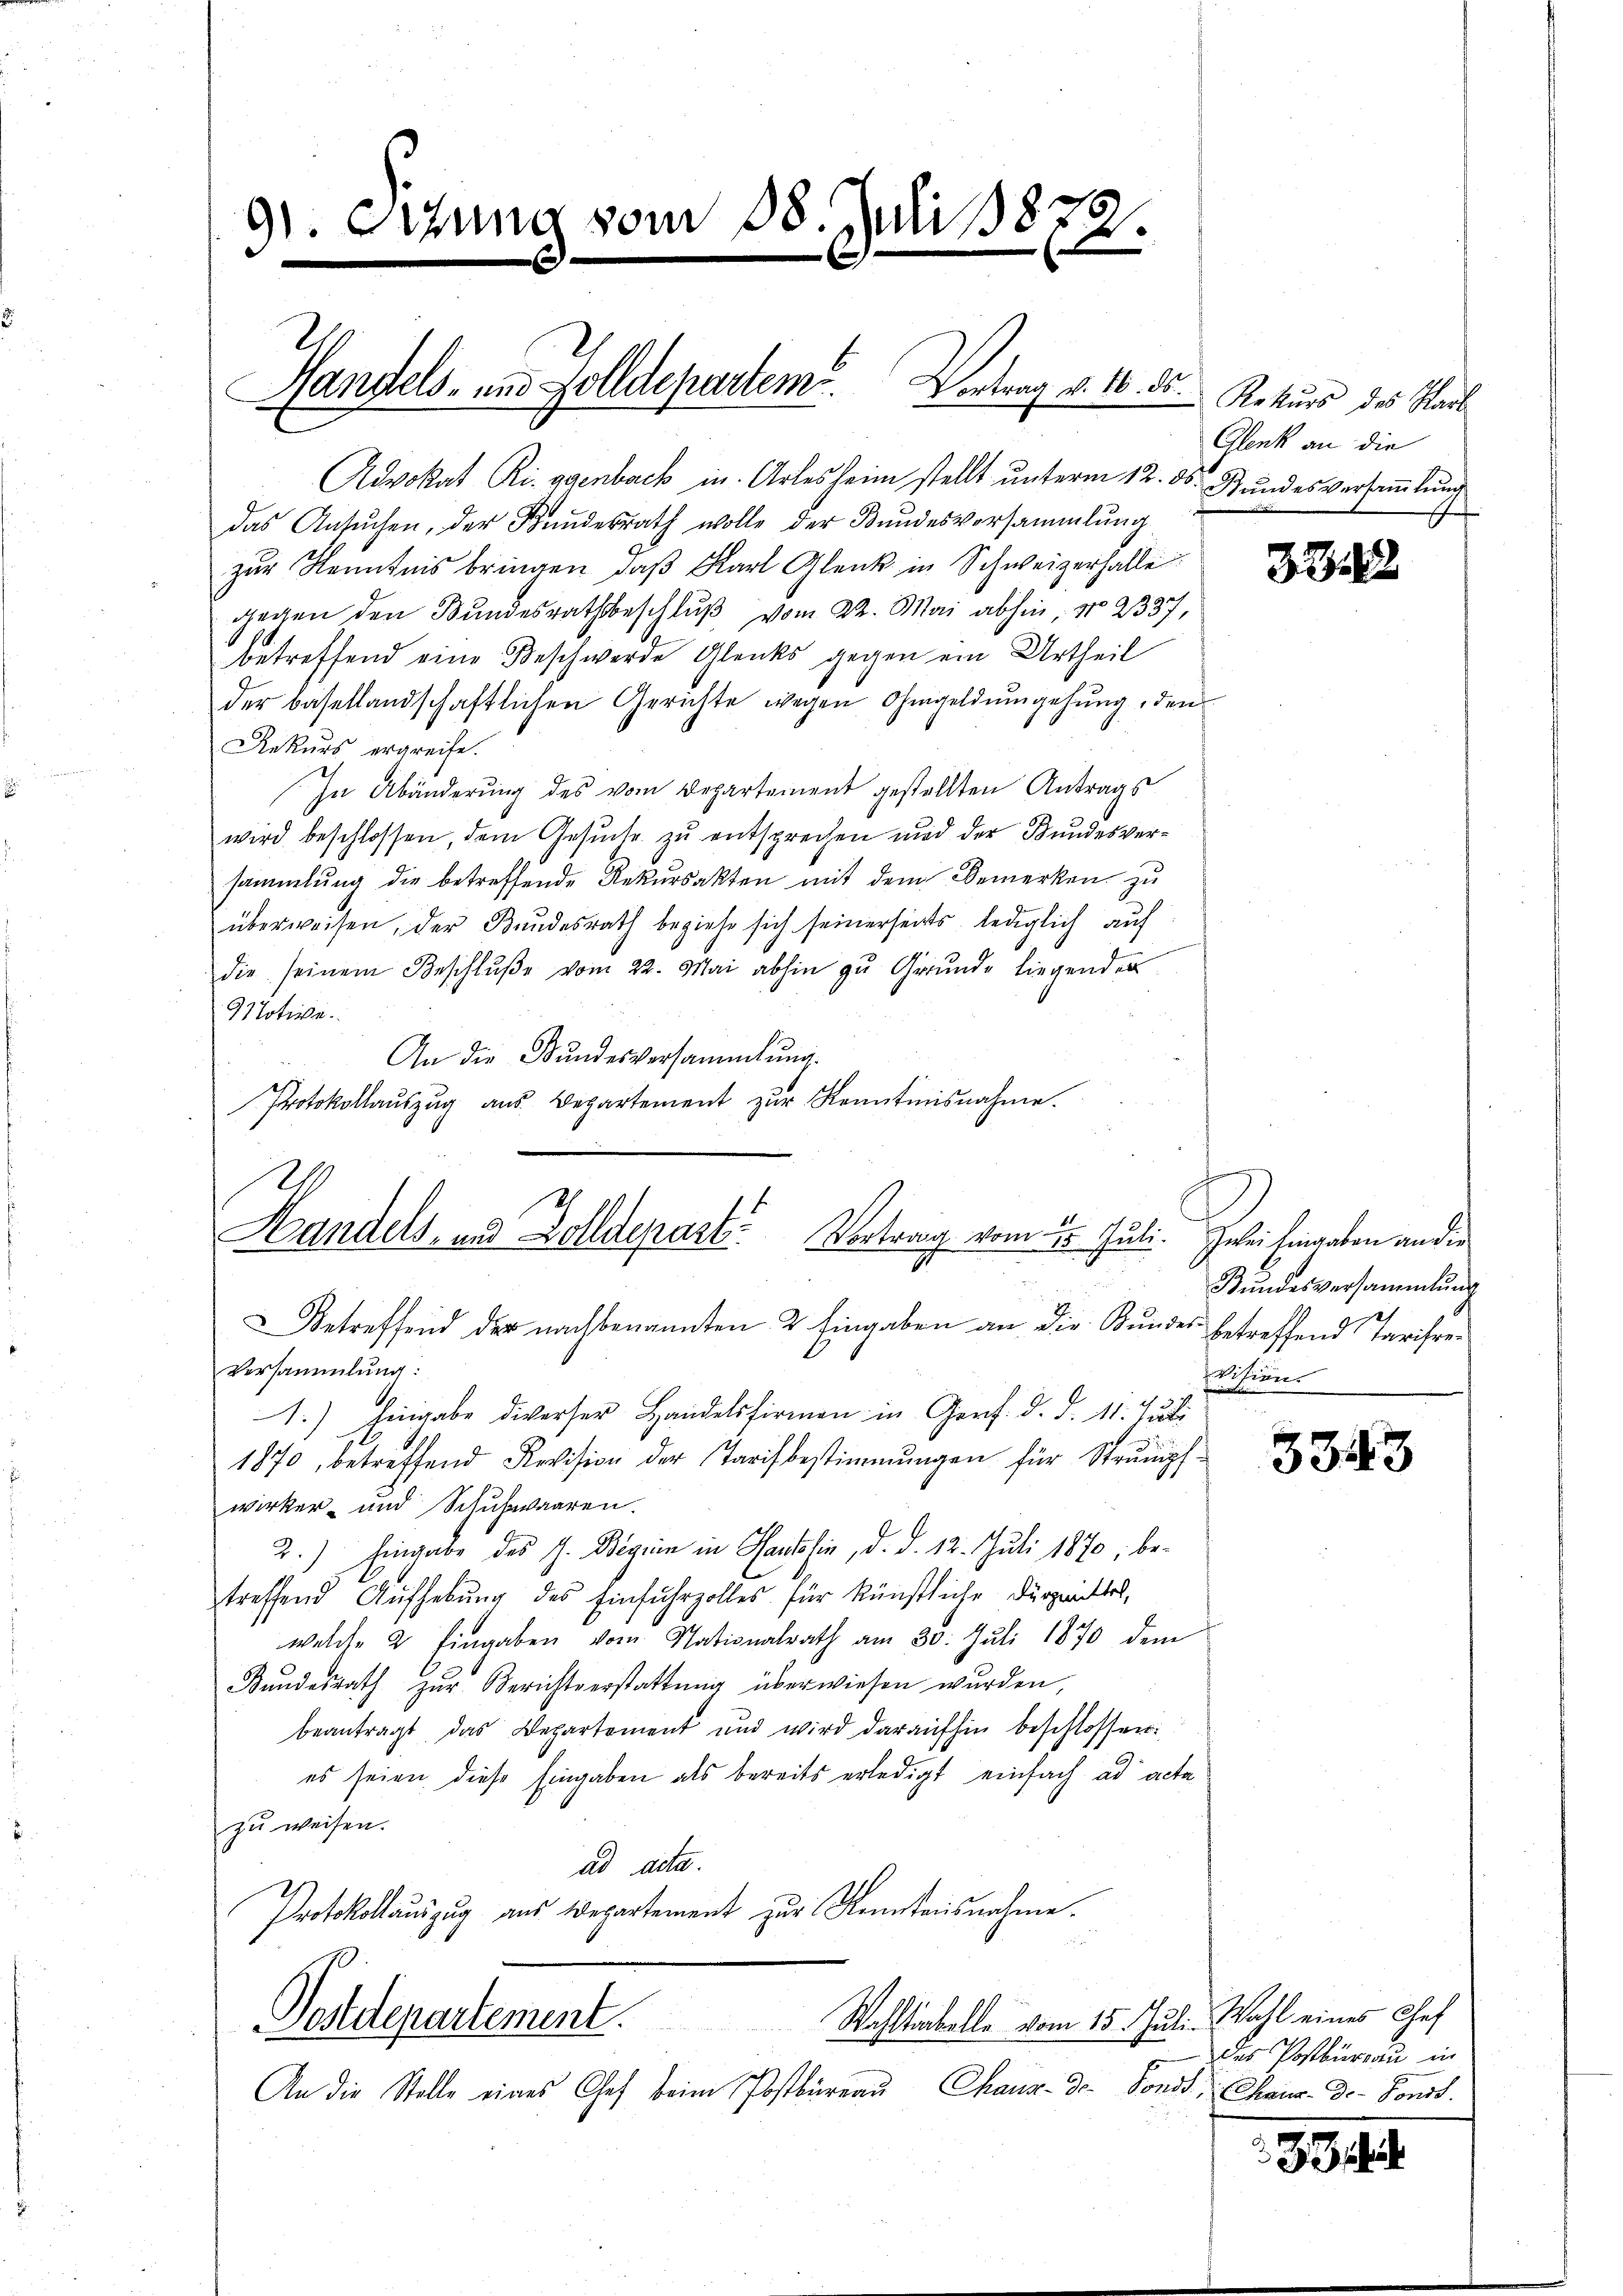
9). Sitzung vom 18. Juli 18872.

Handels- und Zolldepartem Vortrag v. 16. ds. Rekurs des Karl

Advokat Ri. agenbach in Artes heim stellt unterm 12. ds. Bundes versammlung
das Ansŭchen, der Kundesrath wolle der Bundesversammlung
zŭr Kenntnis bringen, daβ Karl Glenk in Schweizerhalle
gegen den Bundesrathsbeschlŭβ vom 22. Mai abhin, No. 2337,
betreffend eine Beschwerde Glenks gegen ein Urtheil
der basellandschaftlichen Gerichte wegen Ohmgeld umgehung, den
Rekurs ergreife.
In Abänderung des vom Departement gestellten Antrags
wird beschlossen, dem Gesŭche zu entsprechen und der Bundesversammlung die betreffende Rekŭrsakten mit dem Bemerken zu
überweisen, der Bundesrath beziehe sich seinerseits lediglich auf
die seinem Beschlŭβe vom 22. Mai abhin zu Grunde liegenden
Motive.
An die Bundesversammlung.
Protokollauszug aus Departement zur Kenntnisnahme.
Us
Handels- und Zolldepart Vortrag vom 2. Juli.
1
etreffend der nachbenannten 2 Eingaben an die Bundes betreffend Tarifre¬
Versammlung:
1.) Eingabe diverser Handelsfirmen in Genf. d. d. 11. 72
1870, betreffend Revision der Tarifbestimmungen für Strŭmpf-
wirker- und Schuhwaaren.
2.) Eingabe des J. Begrin in Hantssin, d. d. 12. Juli 1870, betreffend Aufhebung des Einfuhrzolles für künstliche Dürzmittel,
welche 2 Eingaben vom Nationalrath am 30. Juli 1870 dem
Bundesrath zur Berichtverstattung überwiesen wurden
beantragt das Departement und wird daraufhin beschlossen:
es seien diese Eingaben als bereits erledigt einfach ad acta
zu weisen.
ad acta.
Protokollauszug aus Departement zur Kenntnisnahme.

Postdepartement.
Wahltabelle vom 15. Juli

An die Stelle eines Chef beim Postbüreaŭ Chaus- Dr. Fonds Chaux-Do- Sonst.

Glenk an die
E

328

Iebei Eingaben an die
Bŭndesversammlung
Wition.
d

3343

. Wahl eines Chef
des Vortbureau in

1